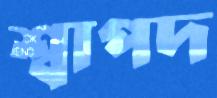
শ্বাপদ